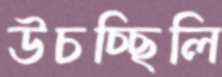
উচচ্ছিলি